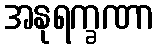
အနုရက္ခဏာ